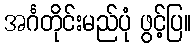
အင်္ဂတိုင်းမည်ပုံ ဖွင့်ပြ။